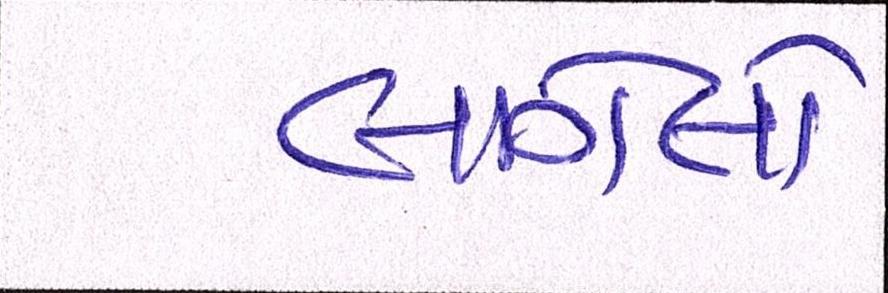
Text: લાગેલો